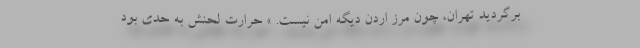
برگردید تهران، چون مرز اردن دیگه امن نیست. » حرارت لحنش به حدی بود